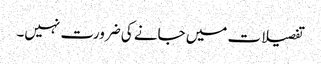
تفصیلات میں جانے کی ضرورت نہیں۔